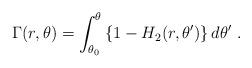
LaTeX: \begin{align*}\Gamma(r,\theta) = \int_{\theta_0}^\theta \left\{1-H_2(r,\theta')\right\}d\theta' \ .\end{align*}